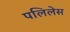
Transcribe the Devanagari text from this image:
पलिलेस